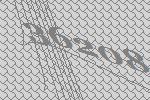
36208